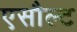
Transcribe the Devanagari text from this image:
एसौल्ट